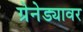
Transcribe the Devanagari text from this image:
ग्रेनेड्यावर